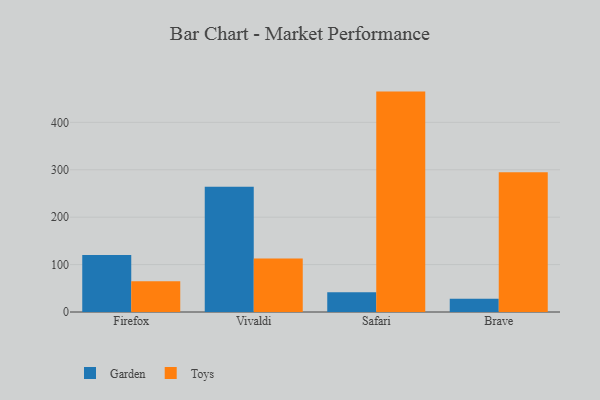
{"axis": {"x": "Browser", "y": "Customer Acquisition Cost (USD)"}, "legend": ["Garden", "Toys"], "data": [{"x": "Firefox", "y": 120.1, "type": "Garden"}, {"x": "Firefox", "y": 65.1, "type": "Toys"}, {"x": "Vivaldi", "y": 264.0, "type": "Garden"}, {"x": "Vivaldi", "y": 113.0, "type": "Toys"}, {"x": "Safari", "y": 41.8, "type": "Garden"}, {"x": "Safari", "y": 464.9, "type": "Toys"}, {"x": "Brave", "y": 28.1, "type": "Garden"}, {"x": "Brave", "y": 294.8, "type": "Toys"}]}